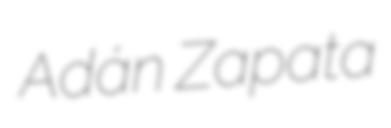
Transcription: Adán Zapata